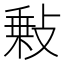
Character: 𢾦